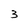
Character: 3